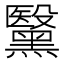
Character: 黳